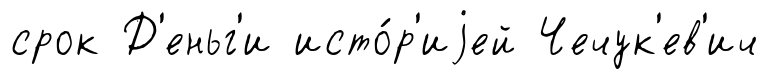
срок Д'еньг'и исто́р'иjей Чечук'ев'ич